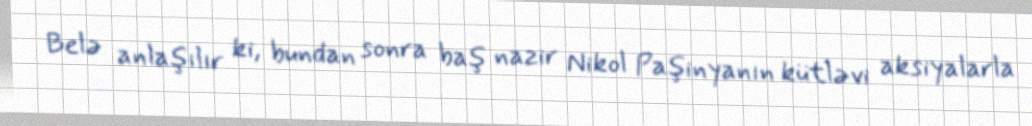
Belə anlaşılır ki, bundan sonra baş nazir Nikol Paşinyanın kütləvi aksiyalarla